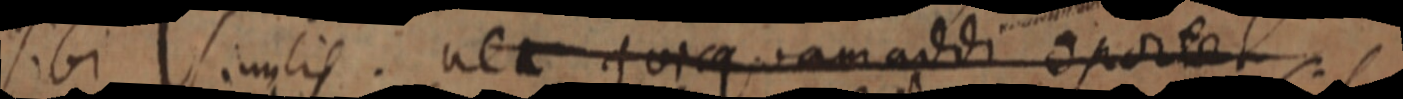
sibi similis. nec quicq. am addi portet